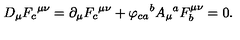
D _ { \mu } { F _ { c } } ^ { \mu \nu } = \partial _ { \mu } { F _ { c } } ^ { \mu \nu } + { \varphi _ { c a } } ^ { b } { A _ { \mu } } ^ { a } F _ { b } ^ { \mu \nu } = 0 .